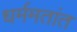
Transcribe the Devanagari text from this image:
धर्ममतांत